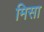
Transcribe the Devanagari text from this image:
मिसा